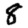
Digit: 8